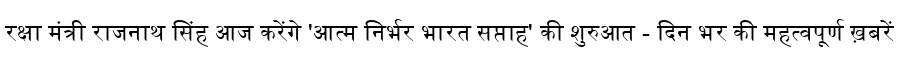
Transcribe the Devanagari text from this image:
रक्षा मंत्री राजनाथ सिंह आज करेंगे 'आत्म निर्भर भारत सप्ताह' की शुरुआत - दिन भर की महत्वपूर्ण ख़बरें